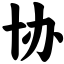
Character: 协